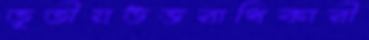
তৃতীয়উত্তরাধিকারী